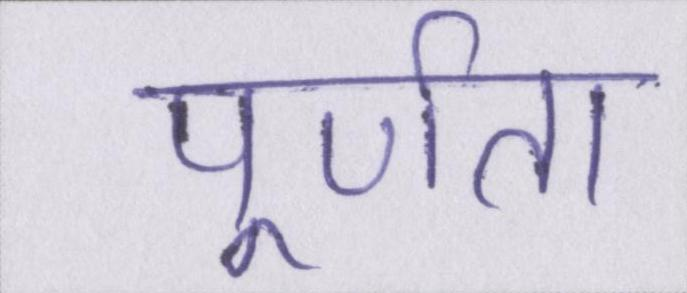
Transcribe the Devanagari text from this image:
पूर्णता